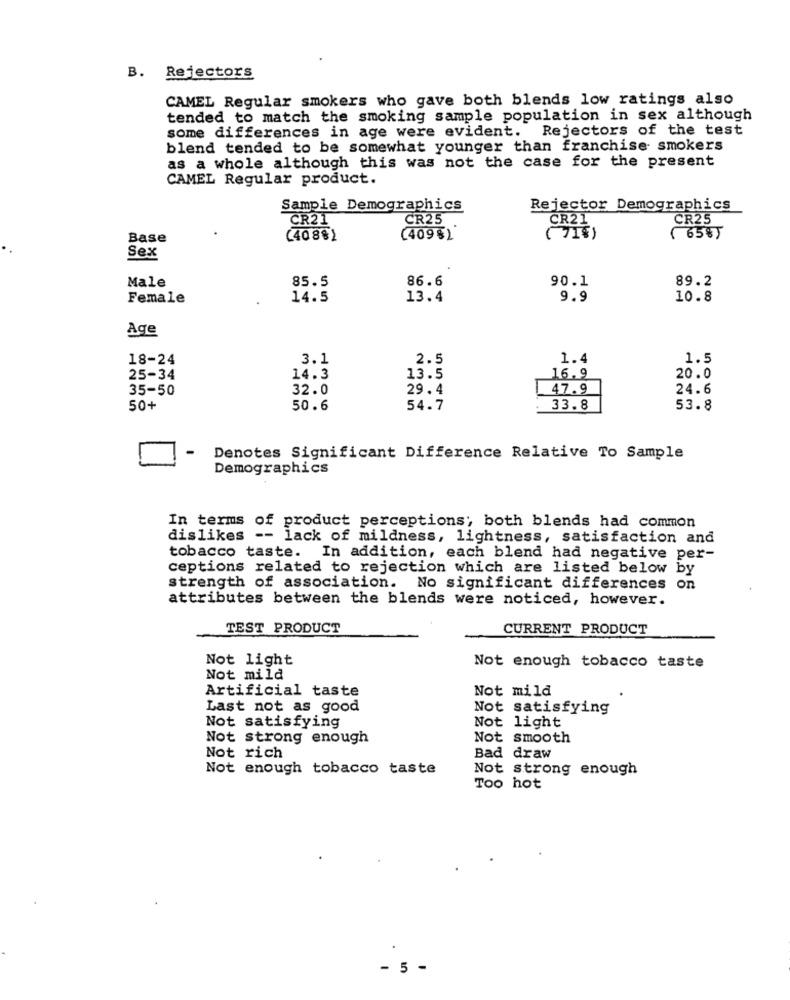
B. Rejectors
CAMEL Regular smokers who gave both blends low ratings also
tended to match the smoking sample population in sex although
some differences in age were evident. Rejectors of the test
blend tended to be somewhat younger than franchise smokers
as a whole although this was not the case for the present
CAMEL Regular product.
Sample Demographics
Rejector Demographics
CR21
CR25
CR21
CR25
Base
(4088)
(4095)
(71)
( 65%)
Sex
85.5
86.6
90.1
89.2
Male
Female
14.5
13.4
9.9
10.8
Age
18-24
3.1
2.5
1.4
1.5
16.9
25-34
14.3
13.5
20.0
35-50
32.0
29.4
47.9
24.6
50+
50.6
54.7
33.8
53.8
-
Denotes Significant Difference Relative To Sample
Demographics
In terms of product perceptions; both blends had common
dislikes -- lack of mildness, lightness, satisfaction and
tobacco taste. In addition, each blend had negative per-
ceptions related to rejection which are listed below by
strength of association. No significant differences on
attributes between the blends were noticed, however.
TEST PRODUCT
CURRENT PRODUCT
Not light
Not enough tobacco taste
Not mild
Artificial taste
Not mild
Last not as good
Not satisfying
Not light
Not satisfying
Not strong enough
Not smooth
Not rich
Bad draw
Not enough tobacco taste
Not strong enough
Too hot
- 5 -